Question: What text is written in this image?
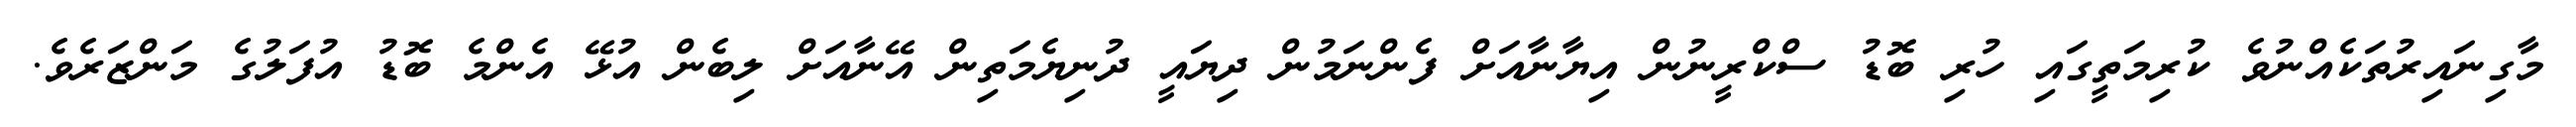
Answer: މާގިނައިރުތަކެއްނުވެ ކުރިމަތީގައި ހުރި ބޮޑު ސްކްރީނުން އިޔާނާއަށް ފެންނަމުން ދިޔައީ ދުނިޔެމަތިން އޭނާއަށް ލިބެން އުޅޭ އެންމެ ބޮޑު އުފަލުގެ މަންޒަރެވެ.